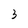
Character: 3